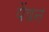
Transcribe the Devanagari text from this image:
पेंषन